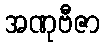
အဏုဗီဇာ